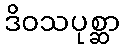
ဒိဝသပုစ္ဆာ